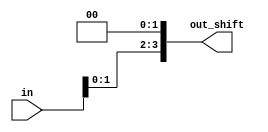
module shift_left_twice
  #(parameter width=4)
  (input   wire    [width-1:0]     in,
   output  reg     [width-1:0]     out_shift
  );
  
always@(*)
begin
out_shift=in<<2;  
end
  
endmodule